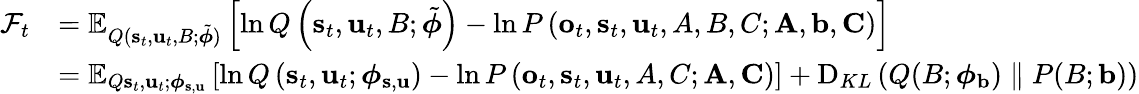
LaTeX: \begin{array}{rl}{\mathcal{F}_{t}}&{=\mathbb{E}_{Q(\mathbf{s}_{t},\mathbf{u}_{t},B;\tilde{\boldsymbol{\phi}})}\left[\ln Q\left(\mathbf{s}_{t},\mathbf{u}_{t},B;\tilde{\boldsymbol{\phi}}\right)-\ln P\left(\mathbf{o}_{t},\mathbf{s}_{t},\mathbf{u}_{t},A,B,C;\mathbf{A},\mathbf{b},\mathbf{C}\right)\right]}\\ &{=\mathbb{E}_{Q\mathbf{s}_{t},\mathbf{u}_{t};\boldsymbol{\phi}_{\mathbf{s},\mathbf{u}}}\left[\ln Q\left(\mathbf{s}_{t},\mathbf{u}_{t};\boldsymbol{\phi}_{\mathbf{s},\mathbf{u}}\right)-\ln P\left(\mathbf{o}_{t},\mathbf{s}_{t},\mathbf{u}_{t},A,C;\mathbf{A},\mathbf{C}\right)\right]+\operatorname{D}_{KL}\left(Q(B;\boldsymbol{\phi}_{\mathbf{b}})\parallel P(B;\mathbf{b})\right)}\end{array}